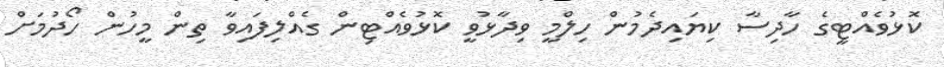
ކޮޅުވެއްޓީގެ ހާދިސާ ކިޔައިދެމުން ހިލްމީ ވިދާޅުވީ ކޮޅުވެއްޓިން ގެއްލިފައިވާ ތިން މީހުން ހޯދުމަށް